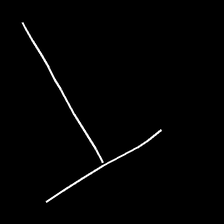
Glyph: column